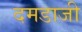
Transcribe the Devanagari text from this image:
दमडाजी